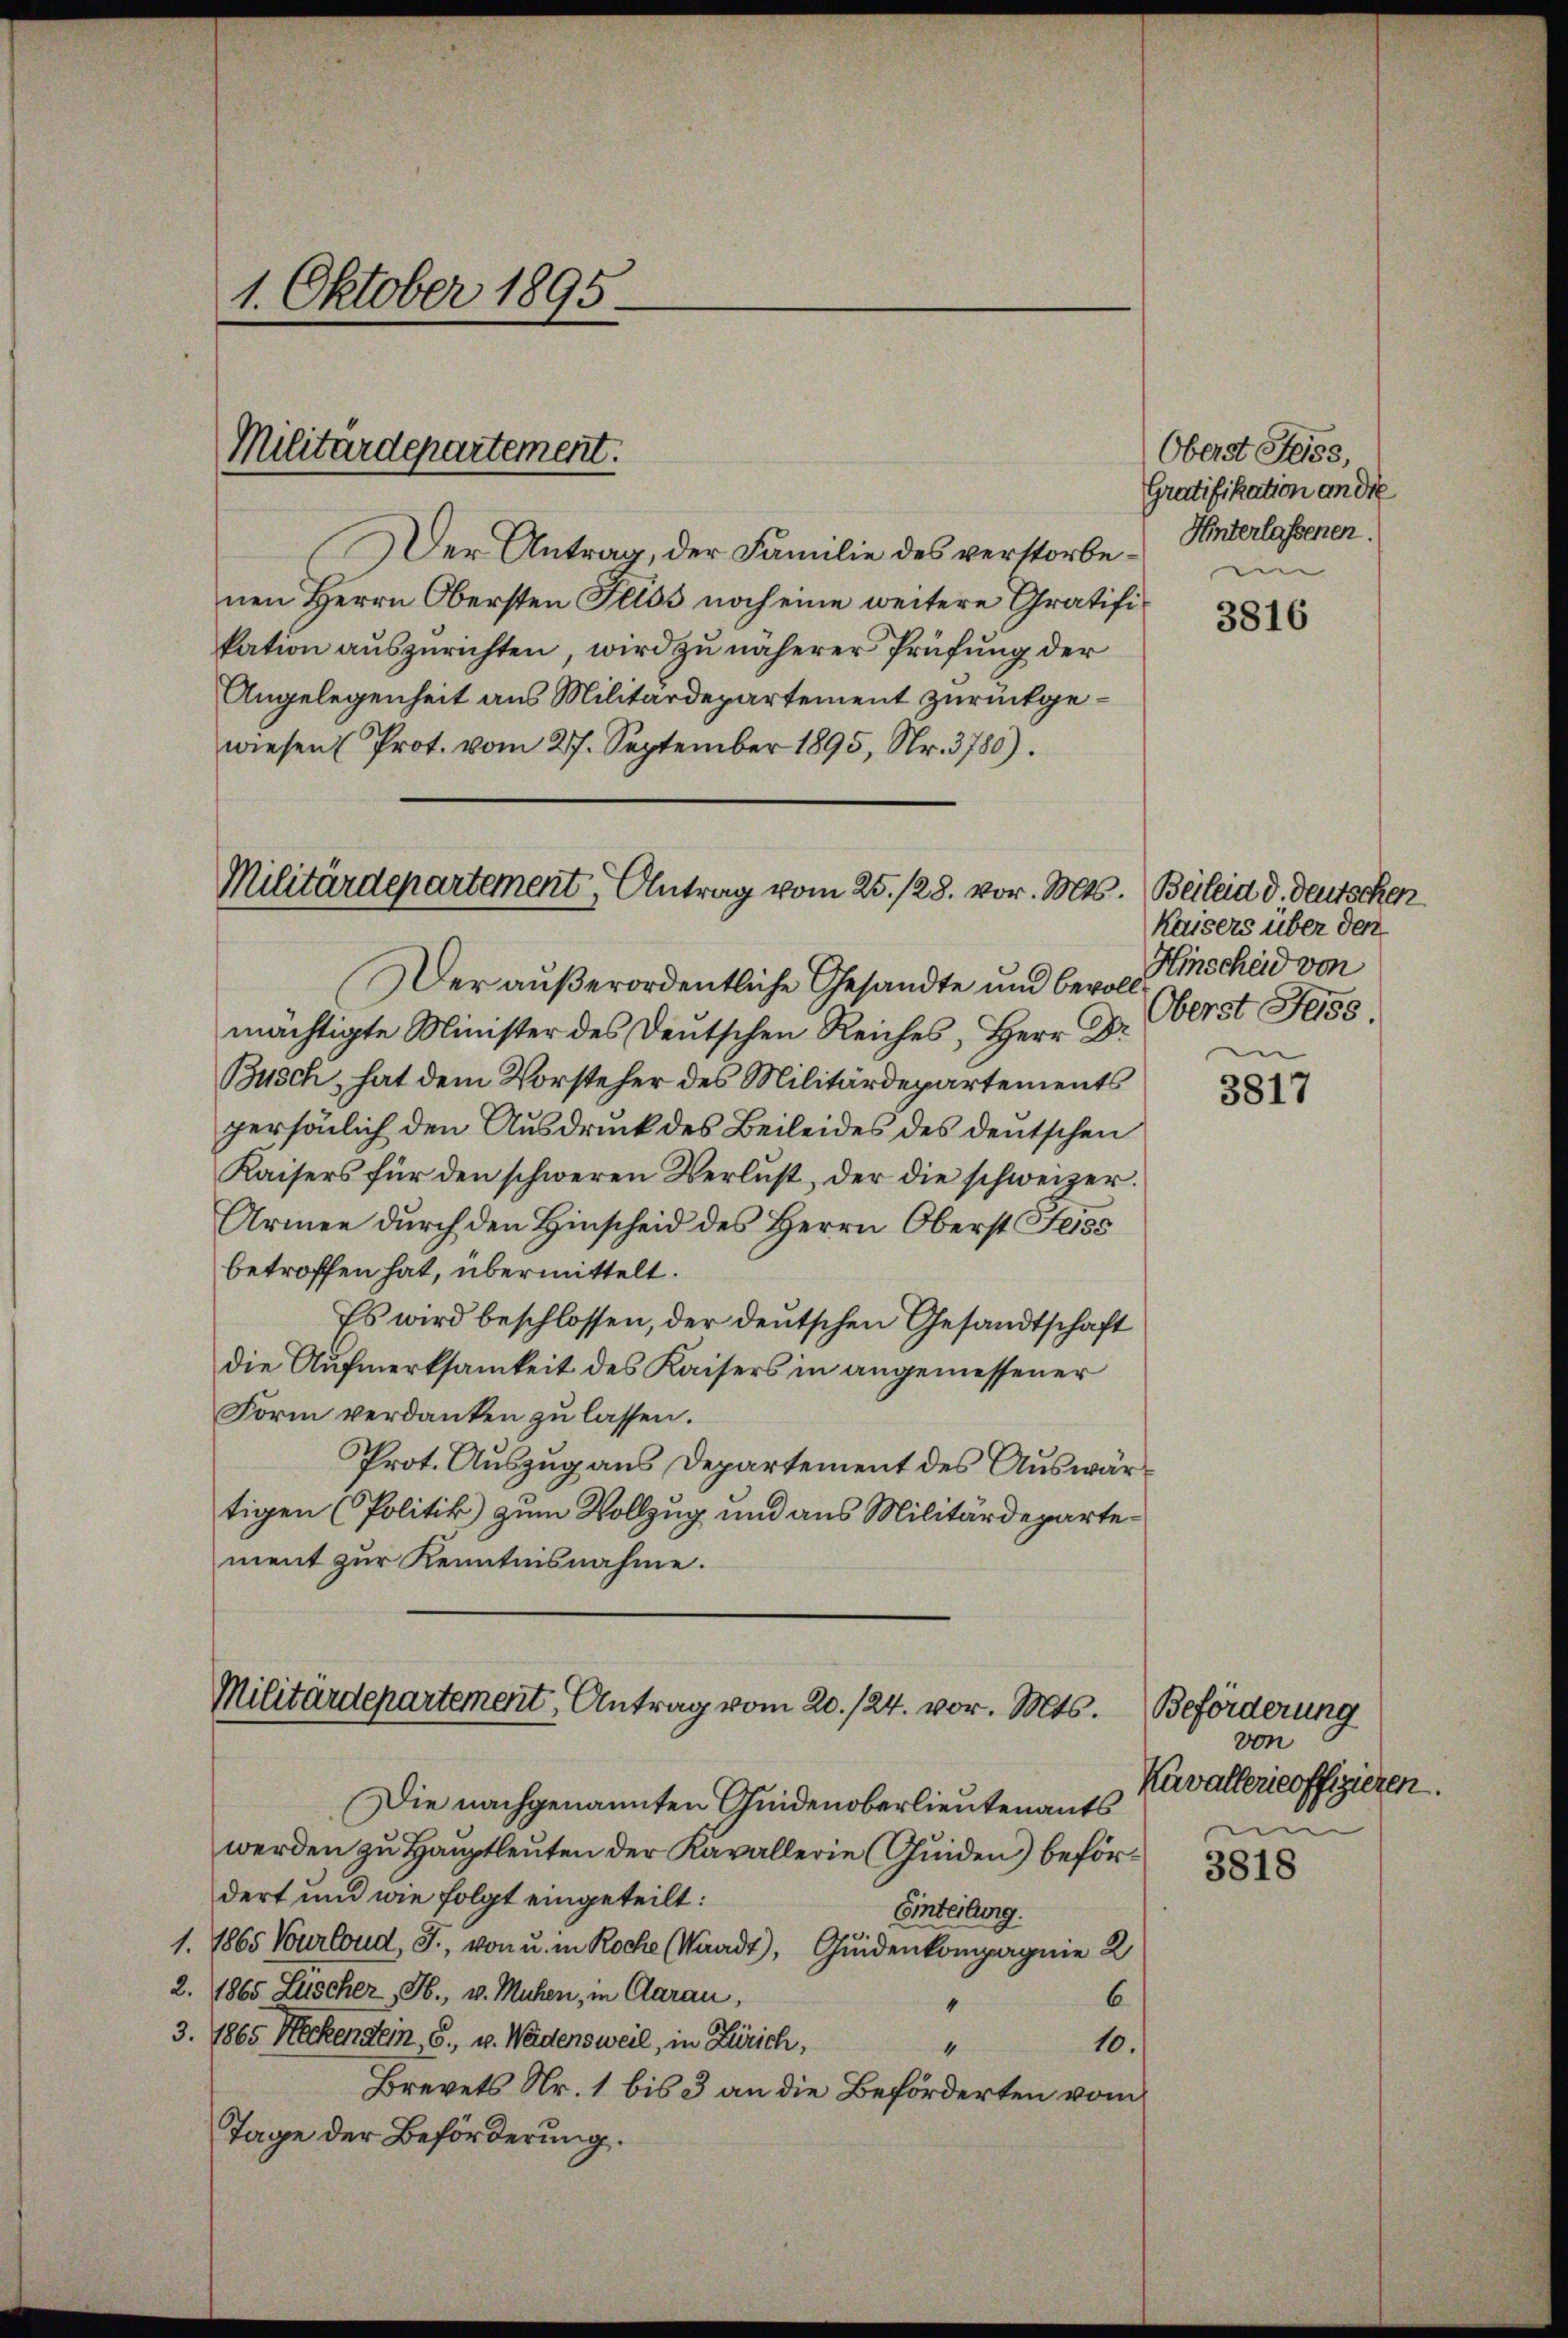
1. Oktober 1895.

Militärdepartement.

Der Antrag, der Familie des verstorbenen Herrn Obersten Flios noch eine weitere Gratifikation auszurichten, wird zu näherer Prüfung der
Angelegenheit aus Militärdepartement zurückgewiesen (Prot. vom 27. September 1895, Nr. 3780).

Militärdepartement, Antrag vom 25. 128. vor. Mts. Beileid d. deutschen

Der außerordentliche Gesandte und bevoll
mächtigte Minister des Deutschen Reiches, Herr Dr.
Busch, hat dem Vorsteher des Militärdepartements
persönlich den Ausdruck des Beileides des deutschen
Kaisers für den schweren Verlust, der die schweizer.
Armee durch den Hinscheid des Herrn Oberst Geiss
betroffen hat, übermittelt.
Es wird beschlossen, der deutschen Gesandtschaft
die Aufmerksamkeit des Kaisers in angemessener
Form verdanken zu lassen.
Prot. Auszug aus Departement des Auswärtigen (Politik zum Vollzug und aus Militärdepartement zur Kenntnisnahme.

Militärdepartement, Antrag vom 20. 124. vor. Mts.

Die nachgenannten Guidenoberlieutenants
werden zu Hauptleuten der Kavallerie (Guiden) befördert und wie folgt eingeteilt:
Einteilung.
1. 1865 Vourloud, J., von u. in Roche (Waadt, Guidenkompagnie 2
2. 1865 Lüscher, H., v. Muhen, in Claran,
6
“
3. 1865 Heckendein, 8. v. Weidensweil, in Zürich,
10.
4
Brevets Nr. 1 bis 3 an die Beförderten vom
Tage der Beförderung.

Oberst Heiss,
Gratifikation an die
Unterlassenen.

3816

Kaisers über den
Hinscheid von
Oberst Jess.

3817

Beförderung
von
Kavallericoffizieren.

3818